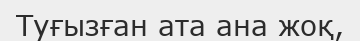
Туғызған ата ана жоқ,